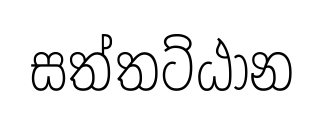
සත්තට්ඨාන